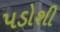
પડોશી